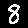
Digit: 8